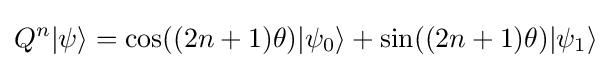
Q^{n}|\psi \rangle =\cos((2n+1)\theta )|\psi _{0}\rangle +\sin((2n+1)\theta )|\psi _{1}\rangle